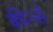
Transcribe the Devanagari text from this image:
कीर्न्स